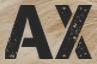
AX